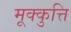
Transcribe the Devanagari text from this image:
मूक्कुत्ति